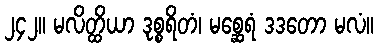
၂၄၂။ မလိတ္ထိယာ ဒုစ္စရိတံ၊ မစ္ဆေရံ ဒဒတော မလံ။